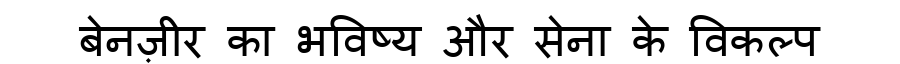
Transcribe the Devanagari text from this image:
बेनज़ीर का भविष्य और सेना के विकल्प